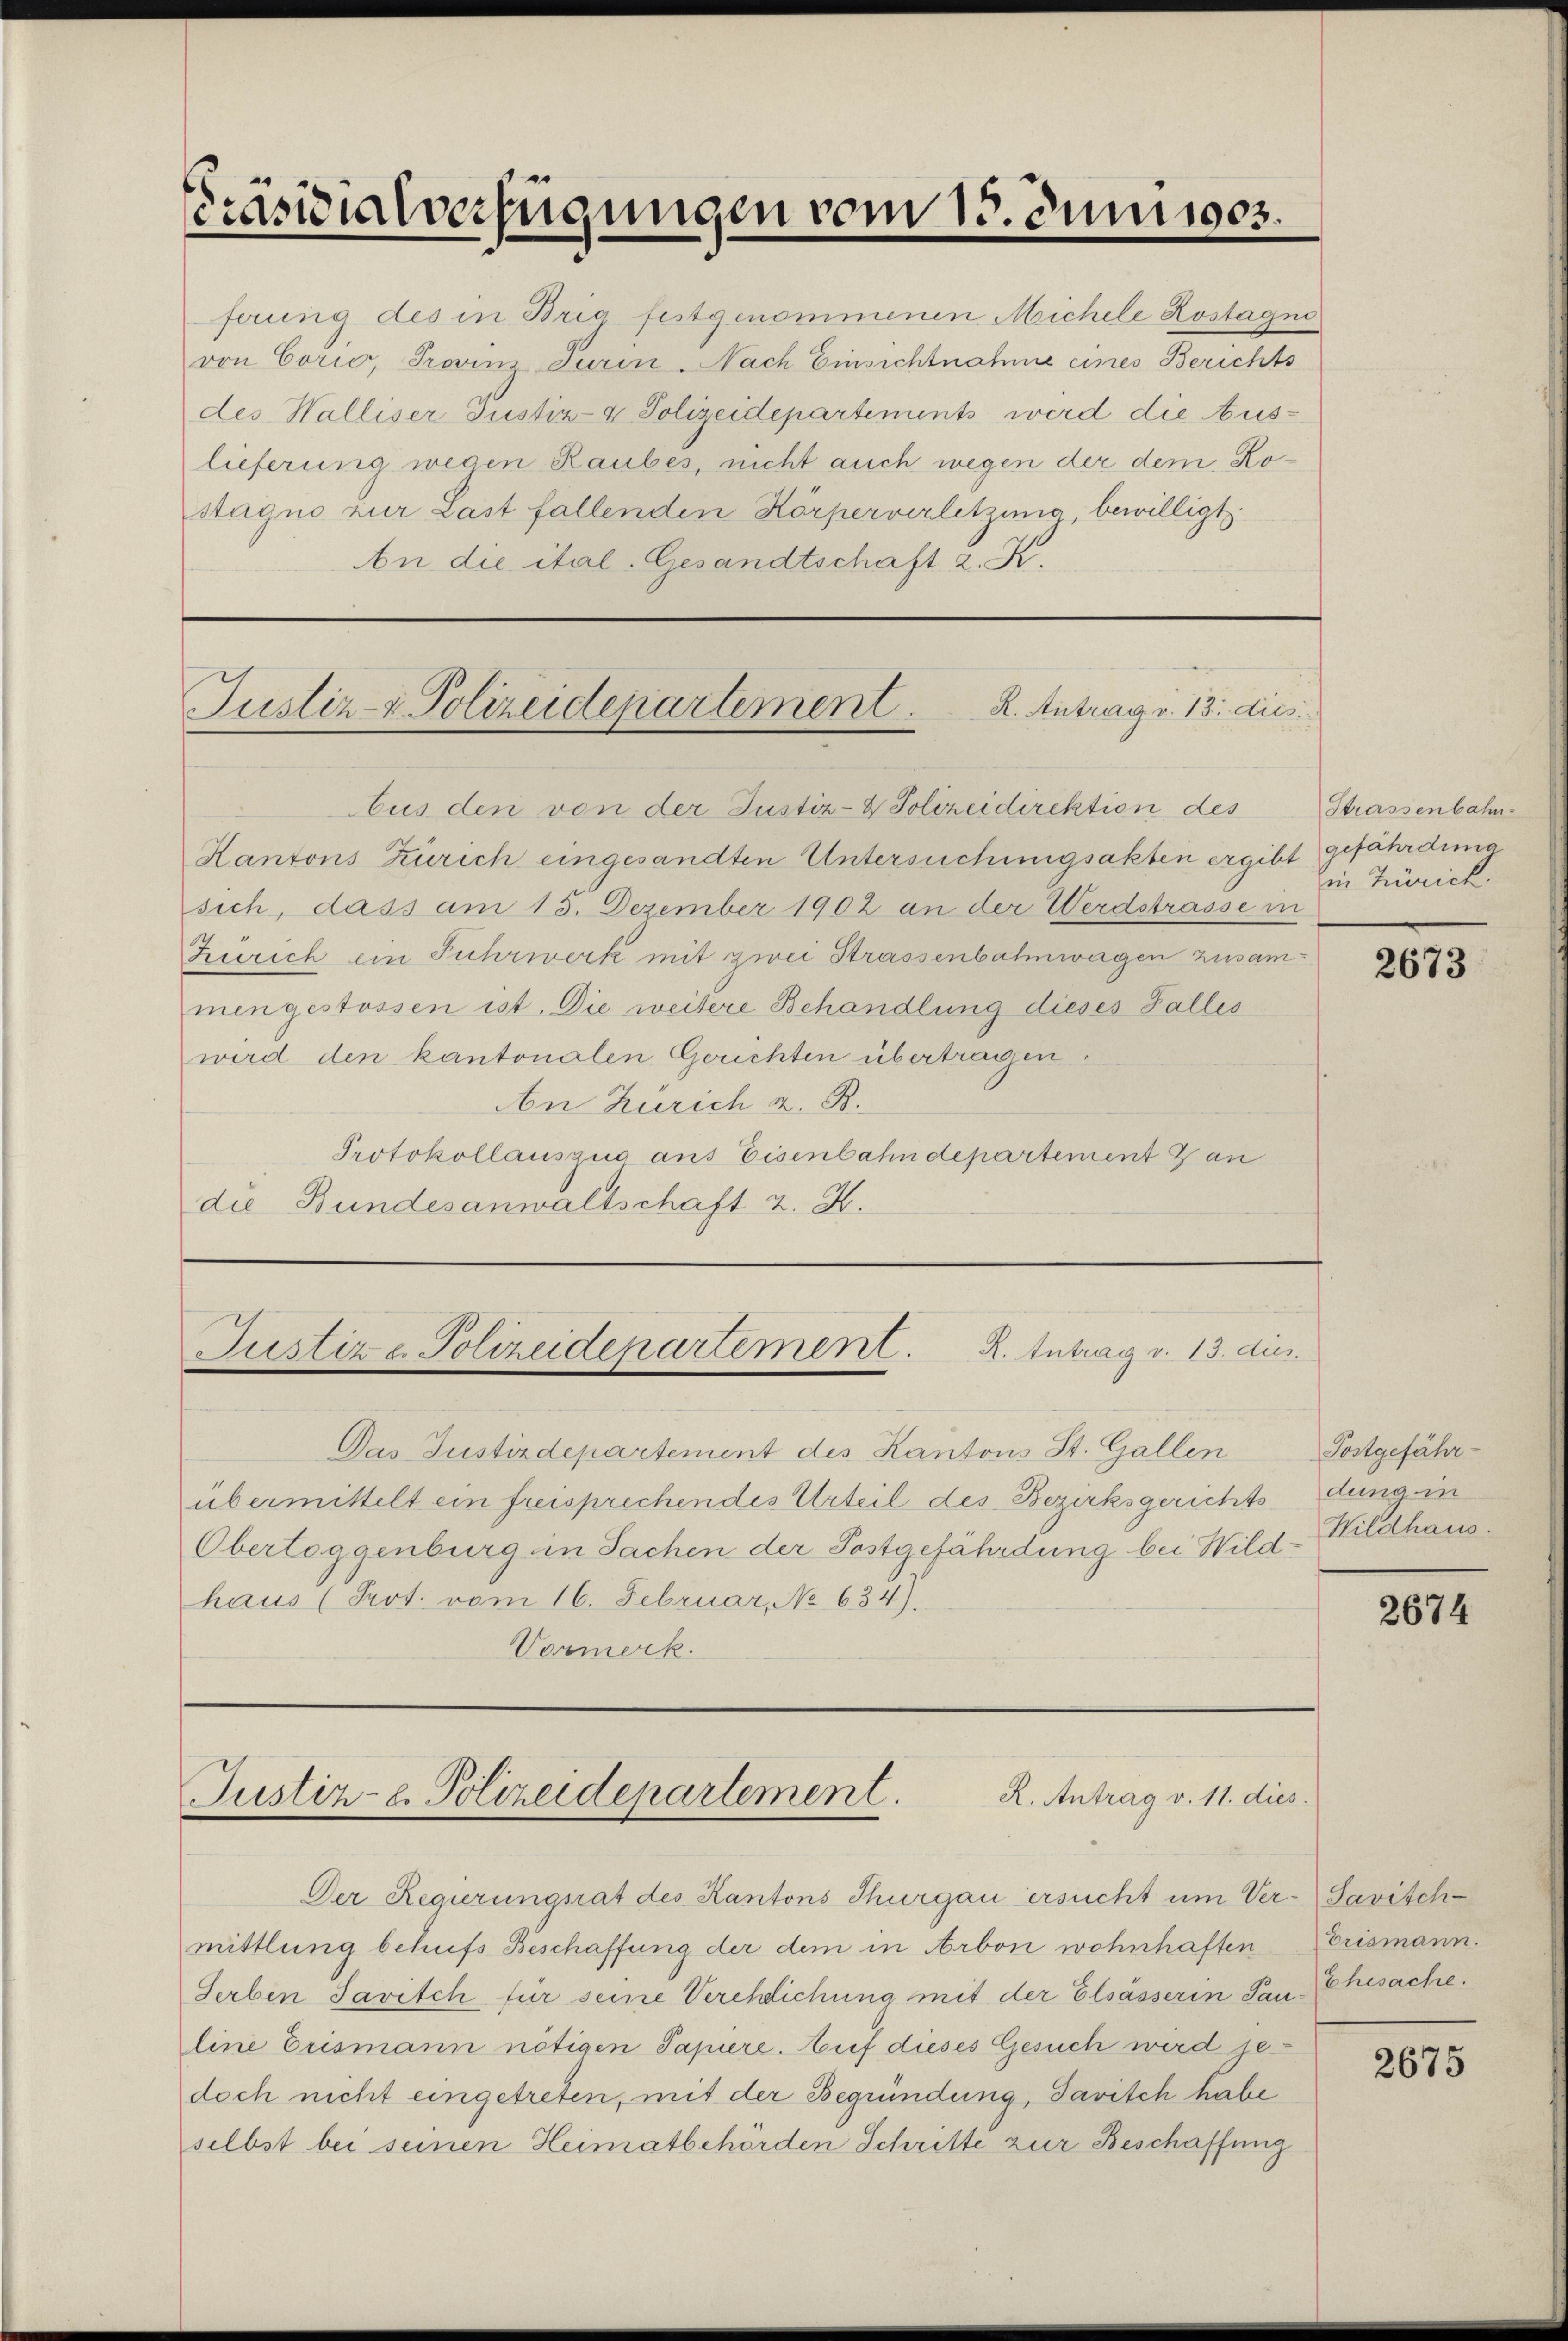
Präsidialverfügungen vom 13. Juni 1903.

ferung des in Brig festgenommenen Michele Kostagni
von Corio, Provinz Turin. Nach Einsichtnahme eines Berichts
des Walliser Justiz- & Polizeidepartements wird die Aus-
lieferung wegen Raubes, nicht auch wegen der dem Kostagno zur Last fallenden Körperverletzung bewilligt.
An die ital. Gesandtschaft z. K.

Justiz- & Polizeidepartement ..  ..  .  K. Antrag v. 13. dies
bus den von der Justiz- & Polizeidirektion des

Kantons Zürich eingesandten Untersuchungsakten ergibt gefährdung
sich, dass am 15. Dezember 1902 an der Werdstrasse in
Zürich ein Fuhrwerk mit zwei Strassenbahnwagen zusammengestossen ist. Die weitere Behandlung dieses Falles
wird den kantonalen Gerichten übertragen.
An Zürich z. B.
Protokollauszug aus Eisenbahndepartement Zan
die Bundesanwaltschaft 2. K.

Justiz - Polizeidepartement. K. Antrag v. 13. dies

Das Justizdepartement des Kantons St. Gallen
übermittelt ein freisprechendes Urteil des Bezirksgerichts dung in
Obertoggenburg in Sachen der Postgefährdung bei Wild-Wildhaus.
haus (Prot. vom 16. Februar, No 634).
Vormerk.

R. Antrag v. 11. dies
Justiz- u. Polizeidepartement.

Der Regierungsrat des Kantons Thurgau ersucht um Ver- Savischmittlung behufs Beschaffung der dem in Arbon wohnhaften
Serben Javitch für seine Verehelichung mit der Elsässerin Pau-CChisache.
line Erismann nötigen Papiere. Auf dieses Gesuch wird jedoch nicht eingetreten, mit der Begründung, Javisch habe
selbst bei seinen Heimatbehörden Schritte zur Beschaffung

Strassenbahn.
in Zürich

2673

Postgefähr-

2674

Erismann.

2675